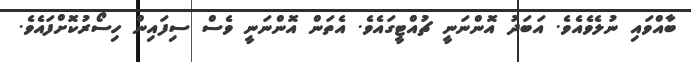
ބާއްވައި ނުލެވެއެވެ. އަބަދު އޮންނަނީ ޗުއްޓީގައެވެ. އެތަން އޮންނަނީ ވެސް ސިފައިން ހިސޯރުކޮށްފައެވެ.